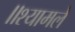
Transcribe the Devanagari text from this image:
॥श्यामले